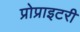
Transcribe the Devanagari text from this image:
प्रोप्राइटरी